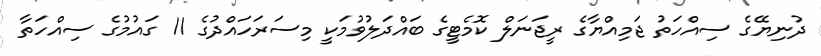
ދުނިޔޭގެ ސިއްހަތު ޖަމިއްޔާގެ ރީޖަނަލް ކޮމެޓީގެ ބައްދަލުވުމަކީ މިސަރަހައްދުގެ 11 ގައުމުގެ ސިއްހަތާ